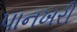
પાનખરી